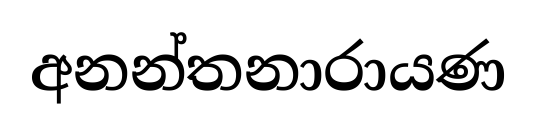
අනන්තනාරායණ